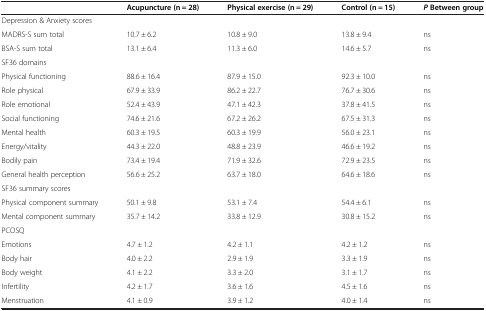
<table><thead><tr><td><b> </b></td><td><b>Acupuncture (n = 28)</b></td><td><b>Physical exercise (n = 29)</b></td><td><b>Control (n = 15)</b></td><td><b><i>P </i>Between group</b></td></tr></thead><tbody><tr><td>Depression &amp; Anxiety scores</td><td> </td><td> </td><td> </td><td> </td></tr><tr><td>MADRS-S sum total</td><td>10.7 ± 6.2</td><td>10.8 ± 9.0</td><td>13.8 ± 9.4</td><td>ns</td></tr><tr><td>BSA-S sum total</td><td>13.1 ± 6.4</td><td>11.3 ± 6.0</td><td>14.6 ± 5.7</td><td>ns</td></tr><tr><td>SF36 domains</td><td> </td><td> </td><td> </td><td> </td></tr><tr><td>Physical functioning</td><td>88.6 ± 16.4</td><td>87.9 ± 15.0</td><td>92.3 ± 10.0</td><td>ns</td></tr><tr><td>Role physical</td><td>67.9 ± 33.9</td><td>86.2 ± 22.7</td><td>76.7 ± 30.6</td><td>ns</td></tr><tr><td>Role emotional</td><td>52.4 ± 43.9</td><td>47.1 ± 42.3</td><td>37.8 ± 41.5</td><td>ns</td></tr><tr><td>Social functioning</td><td>74.6 ± 21.6</td><td>67.2 ± 26.2</td><td>67.5 ± 31.3</td><td>ns</td></tr><tr><td>Mental health</td><td>60.3 ± 19.5</td><td>60.3 ± 19.9</td><td>56.0 ± 23.1</td><td>ns</td></tr><tr><td>Energy/vitality</td><td>44.3 ± 22.0</td><td>48.8 ± 23.9</td><td>46.6 ± 19.2</td><td>ns</td></tr><tr><td>Bodily pain</td><td>73.4 ± 19.4</td><td>71.9 ± 32.6</td><td>72.9 ± 23.5</td><td>ns</td></tr><tr><td>General health perception</td><td>56.6 ± 25.2</td><td>63.7 ± 18.0</td><td>64.6 ± 18.6</td><td>ns</td></tr><tr><td>SF36 summary scores</td><td> </td><td> </td><td> </td><td> </td></tr><tr><td>Physical component summary</td><td>50.1 ± 9.8</td><td>53.1 ± 7.4</td><td>54.4 ± 6.1</td><td>ns</td></tr><tr><td>Mental component summary</td><td>35.7 ± 14.2</td><td>33.8 ± 12.9</td><td>30.8 ± 15.2</td><td>ns</td></tr><tr><td>PCOSQ</td><td> </td><td> </td><td> </td><td> </td></tr><tr><td>Emotions</td><td>4.7 ± 1.2</td><td>4.2 ± 1.1</td><td>4.2 ± 1.2</td><td>ns</td></tr><tr><td>Body hair</td><td>4.0 ± 2.2</td><td>2.9 ± 1.9</td><td>3.3 ± 1.9</td><td>ns</td></tr><tr><td>Body weight</td><td>4.1 ± 2.2</td><td>3.3 ± 2.0</td><td>3.1 ± 1.7</td><td>ns</td></tr><tr><td>Infertility</td><td>4.2 ± 1.7</td><td>3.6 ± 1.6</td><td>4.5 ± 1.6</td><td>ns</td></tr><tr><td>Menstruation</td><td>4.1 ± 0.9</td><td>3.9 ± 1.2</td><td>4.0 ± 1.4</td><td>ns</td></tr></tbody></table>